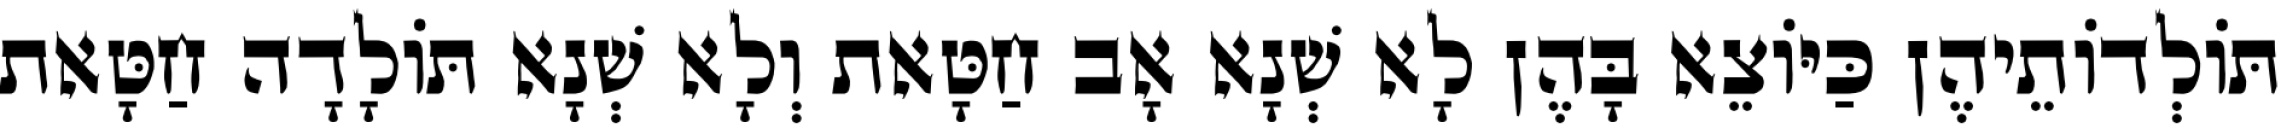
תּוֹלְדוֹתֵיהֶן כַּיּוֹצֵא בָּהֶן לָא שְׁנָא אָב חַטָּאת וְלָא שְׁנָא תּוֹלָדָה חַטָּאת